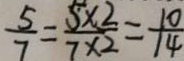
\frac { 5 } { 7 } = \frac { 5 \times 2 } { 7 \times 2 } = \frac { 1 0 } { 1 4 }